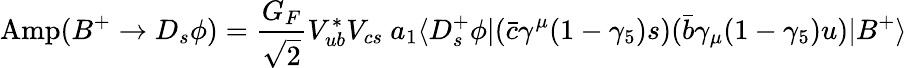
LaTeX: \mathrm{Amp}(B^{+}\to D_{s}\phi)=\frac{G_{F}}{\sqrt 2}V_{ub}^{*}V_{cs}~a_{1}\langle D_{s}^{+}\phi|(\bar{c}\gamma^{\mu}(1-\gamma_{5})s)(\bar{b}\gamma_{\mu}(1-\gamma_{5})u)|B^{+}\rangle